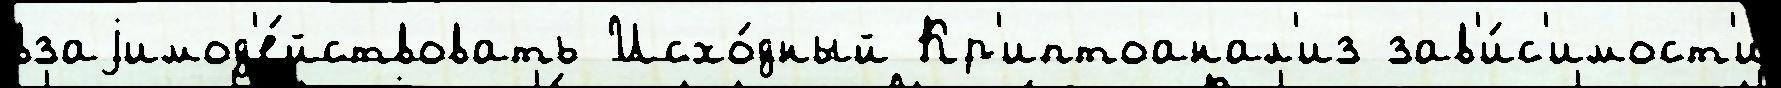
взаjимод'е́йствовать Исхо́дный Кр'иптоанал'из зав'и́с'имост'и